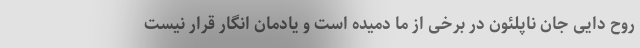
روح دایی جان ناپلئون در برخی از ما دمیده است و یادمان انگار قرار نیست